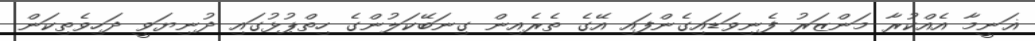
ޣަނީމާ އެއްކުރާ މަންޒަރު ފެނިވަޑައިގެންފައި އޭގެ ތެރެއިން ގިނަބޭކަލުންގެ ހިތްޕުޅުގައި ދުނިޔަވީ ދަހިވެތިކަން